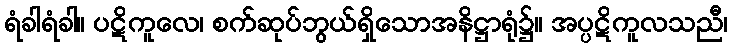
ရံခါရံခါ။ ပဋိကူလေ၊ စက်ဆုပ်ဘွယ်ရှိသောအနိဋ္ဌာရုံ၌။ အပ္ပဋိကူလသညီ၊